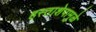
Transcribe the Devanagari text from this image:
हस्ताशेपामुळे